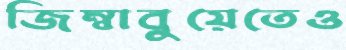
জিম্বাবুয়েতেও